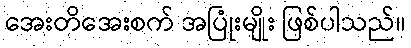
အေးတိအေးစက် အပြုံးမျိုး ဖြစ်ပါသည်။